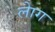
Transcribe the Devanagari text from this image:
लेाग